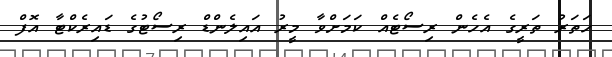
ހަތަރު ތަރީގެ އެހެން ރިސޯޓެއް ކަމަށްވާ މީރު އައިލެންޑް ރިސޯޓުގެ ޑައިރެކްޓާ އޮފް